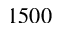
1 5 0 0